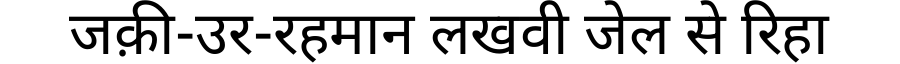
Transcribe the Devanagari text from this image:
जक़ी-उर-रहमान लखवी जेल से रिहा